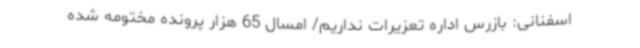
اسفنانی: بازرس اداره تعزیرات نداریم/ امسال 65 هزار پرونده مختومه شده